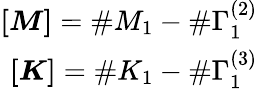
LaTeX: \begin{array}{r}{\boldsymbol{[M]}=\# M_{1}-\# \Gamma_{1}^{(2)}}\\ {\boldsymbol{[K]}=\# K_{1}-\# \Gamma_{1}^{(3)}}\end{array}